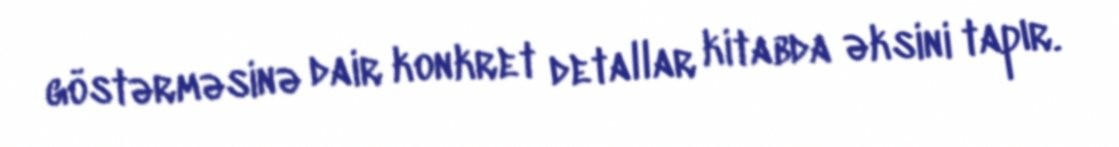
göstərməsinə dair konkret detallar kitabda əksini tapır.